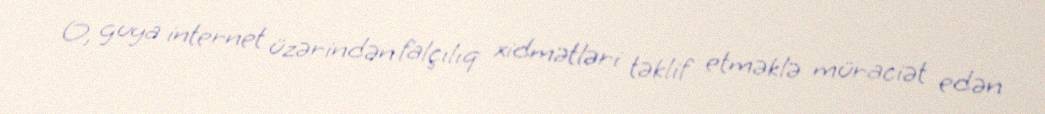
O, guya internet üzərindən falçılıq xidmətləri təklif etməklə müraciət edən